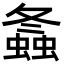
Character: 螽